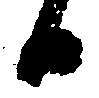
日